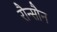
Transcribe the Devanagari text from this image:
रौन्सौन